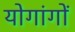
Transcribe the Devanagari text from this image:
योगांगों